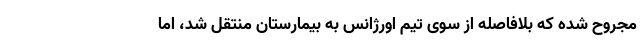
مجروح شده که بلافاصله از سوی تیم اورژانس به بیمارستان منتقل شد، اما